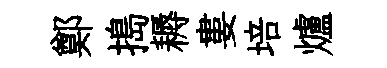
鄭搗耨婁培爐